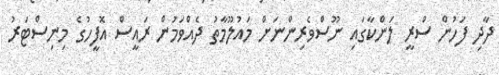
ދާދި ފަހުން ސްރީ ލަންކާގައި ނޫސްވެރިންނަށް މައުލޫމާތު ދެއްވަމުން ރައީސް އޮފީހުގެ މިނިސްޓަރު